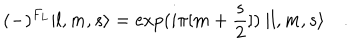
LaTeX: ( - ) ^ { F _ { L } } | l , m , s \rangle = \exp ( i \pi [ m + { \frac { s } { 2 } } ] ) \ | l , m , s \rangle \quad .